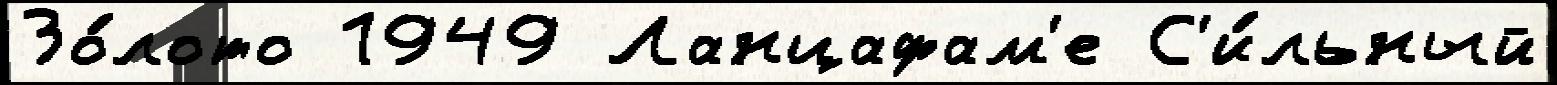
Зо́лото 1949 Ланцафам'е С'и́льный